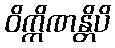
ဝိက္ကိဏန္တိပိ